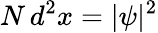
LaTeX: N\, d^{2}x=|\psi|^{2}